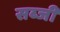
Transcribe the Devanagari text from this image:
सब्‍जी